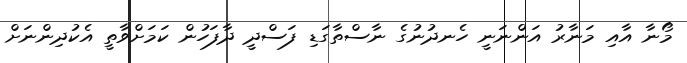
މޯނާ އާއި މަނާރު އަންނަނީ ހެނދުނުގެ ނާސްތާގަޑި ފަސްދީ ދާފަހުން ކަމަށްވާތީ އެކުދިންނަށް